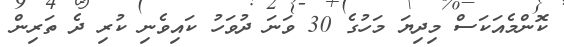
ކޮންމެއަކަސް މިދިޔަ މަހުގެ 30 ވަނަ ދުވަހު ކައިވެނި ކުރި ދެ ތަރިން